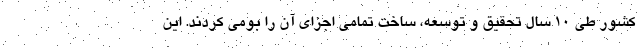
کشور طی ۱۰ سال تحقیق و توسعه، ساخت تمامی اجزای آن را بومی کردند. این